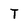
Character: T